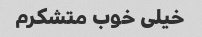
خیلی خوب متشکرم